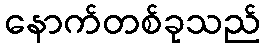
နောက်တစ်ခုသည်